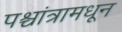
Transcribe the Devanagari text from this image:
पश्चांत्रामधून